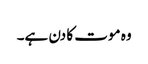
وہ موت کا دن ہے۔